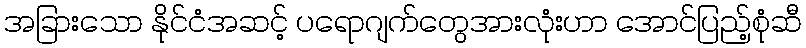
အခြားသော နိုင်ငံအဆင့် ပရောဂျက်တွေအားလုံးဟာ အောင်ပြည့်စုံဆီ